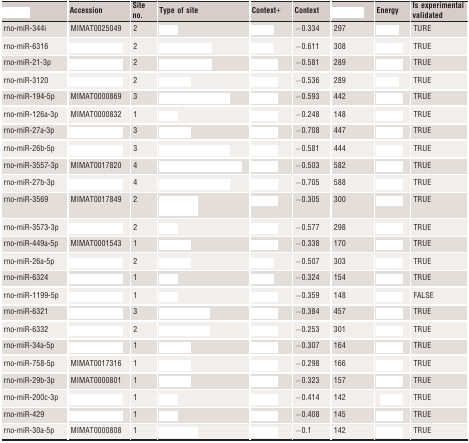
<table><thead><tr><td>[EMPTY_CELL]</td><td><b>Accession</b></td><td><b>Site no.</b></td><td><b>Type of site</b></td><td><b>Context+</b></td><td><b>Context</b></td><td>[EMPTY_CELL]</td><td><b>Energy</b></td><td><b>Is experimental validated</b></td></tr></thead><tbody><tr><td>rno-miR-344i</td><td>MIMAT0025049</td><td>2</td><td>[EMPTY_CELL]</td><td>[EMPTY_CELL]</td><td>−0.334</td><td>297</td><td>[EMPTY_CELL]</td><td>TURE</td></tr><tr><td>rno-miR-6316</td><td>[EMPTY_CELL]</td><td>2</td><td>[EMPTY_CELL]</td><td>[EMPTY_CELL]</td><td>−0.611</td><td>308</td><td>[EMPTY_CELL]</td><td>TRUE</td></tr><tr><td>rno-miR-21-3p</td><td>[EMPTY_CELL]</td><td>2</td><td>[EMPTY_CELL]</td><td>[EMPTY_CELL]</td><td>−0.581</td><td>289</td><td>[EMPTY_CELL]</td><td>TRUE</td></tr><tr><td>rno-miR-3120</td><td>[EMPTY_CELL]</td><td>2</td><td>[EMPTY_CELL]</td><td>[EMPTY_CELL]</td><td>−0.536</td><td>289</td><td>[EMPTY_CELL]</td><td>TRUE</td></tr><tr><td>rno-miR-194-5p</td><td>MIMAT0000869</td><td>3</td><td>[EMPTY_CELL]</td><td>[EMPTY_CELL]</td><td>−0.593</td><td>442</td><td>[EMPTY_CELL]</td><td>TRUE</td></tr><tr><td>rno-miR-126a-3p</td><td>MIMAT0000832</td><td>1</td><td>[EMPTY_CELL]</td><td>[EMPTY_CELL]</td><td>−0.248</td><td>148</td><td>[EMPTY_CELL]</td><td>TRUE</td></tr><tr><td>rno-miR-27a-3p</td><td>[EMPTY_CELL]</td><td>3</td><td>[EMPTY_CELL]</td><td>[EMPTY_CELL]</td><td>−0.708</td><td>447</td><td>[EMPTY_CELL]</td><td>TRUE</td></tr><tr><td>rno-miR-26b-5p</td><td>[EMPTY_CELL]</td><td>3</td><td>[EMPTY_CELL]</td><td>[EMPTY_CELL]</td><td>−0.581</td><td>444</td><td>[EMPTY_CELL]</td><td>TRUE</td></tr><tr><td>rno-miR-3557-3p</td><td>MIMAT0017820</td><td>4</td><td>[EMPTY_CELL]</td><td>[EMPTY_CELL]</td><td>−0.503</td><td>582</td><td>[EMPTY_CELL]</td><td>TRUE</td></tr><tr><td>rno-miR-27b-3p</td><td>[EMPTY_CELL]</td><td>4</td><td>[EMPTY_CELL]</td><td>[EMPTY_CELL]</td><td>−0.705</td><td>588</td><td>[EMPTY_CELL]</td><td>TRUE</td></tr><tr><td>rno-miR-3569</td><td>MIMAT0017849</td><td>2</td><td>[EMPTY_CELL]</td><td>[EMPTY_CELL]</td><td>−0.305</td><td>300</td><td>[EMPTY_CELL]</td><td>TRUE</td></tr><tr><td>rno-miR-3573-3p</td><td>[EMPTY_CELL]</td><td>2</td><td>[EMPTY_CELL]</td><td>[EMPTY_CELL]</td><td>−0.577</td><td>298</td><td>[EMPTY_CELL]</td><td>TRUE</td></tr><tr><td>rno-miR-449a-5p</td><td>MIMAT0001543</td><td>1</td><td>[EMPTY_CELL]</td><td>[EMPTY_CELL]</td><td>−0.338</td><td>170</td><td>[EMPTY_CELL]</td><td>TRUE</td></tr><tr><td>rno-miR-26a-5p</td><td>[EMPTY_CELL]</td><td>2</td><td>[EMPTY_CELL]</td><td>[EMPTY_CELL]</td><td>−0.507</td><td>303</td><td>[EMPTY_CELL]</td><td>TRUE</td></tr><tr><td>rno-miR-6324</td><td>[EMPTY_CELL]</td><td>1</td><td>[EMPTY_CELL]</td><td>[EMPTY_CELL]</td><td>−0.324</td><td>154</td><td>[EMPTY_CELL]</td><td>TRUE</td></tr><tr><td>rno-miR-1199-5p</td><td>[EMPTY_CELL]</td><td>1</td><td>[EMPTY_CELL]</td><td>[EMPTY_CELL]</td><td>−0.359</td><td>148</td><td>[EMPTY_CELL]</td><td>FALSE</td></tr><tr><td>rno-miR-6321</td><td>[EMPTY_CELL]</td><td>3</td><td>[EMPTY_CELL]</td><td>[EMPTY_CELL]</td><td>−0.384</td><td>457</td><td>[EMPTY_CELL]</td><td>TRUE</td></tr><tr><td>rno-miR-6332</td><td>[EMPTY_CELL]</td><td>2</td><td>[EMPTY_CELL]</td><td>[EMPTY_CELL]</td><td>−0.253</td><td>301</td><td>[EMPTY_CELL]</td><td>TRUE</td></tr><tr><td>rno-miR-34a-5p</td><td>[EMPTY_CELL]</td><td>1</td><td>[EMPTY_CELL]</td><td>[EMPTY_CELL]</td><td>−0.307</td><td>164</td><td>[EMPTY_CELL]</td><td>TRUE</td></tr><tr><td>rno-miR-758-5p</td><td>MIMAT0017316</td><td>1</td><td>[EMPTY_CELL]</td><td>[EMPTY_CELL]</td><td>−0.298</td><td>166</td><td>[EMPTY_CELL]</td><td>TRUE</td></tr><tr><td>rno-miR-29b-3p</td><td>MIMAT0000801</td><td>1</td><td>[EMPTY_CELL]</td><td>[EMPTY_CELL]</td><td>−0.323</td><td>157</td><td>[EMPTY_CELL]</td><td>TRUE</td></tr><tr><td>rno-miR-200c-3p</td><td>[EMPTY_CELL]</td><td>1</td><td>[EMPTY_CELL]</td><td>[EMPTY_CELL]</td><td>−0.414</td><td>142</td><td>[EMPTY_CELL]</td><td>TRUE</td></tr><tr><td>rno-miR-429</td><td>[EMPTY_CELL]</td><td>1</td><td>[EMPTY_CELL]</td><td>[EMPTY_CELL]</td><td>−0.408</td><td>145</td><td>[EMPTY_CELL]</td><td>TRUE</td></tr><tr><td>rno-miR-30a-5p</td><td>MIMAT0000808</td><td>1</td><td>[EMPTY_CELL]</td><td>[EMPTY_CELL]</td><td>−0.1</td><td>142</td><td>[EMPTY_CELL]</td><td>TRUE</td></tr></tbody></table>